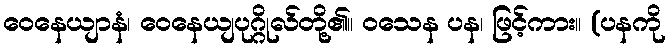
ဝေနေယျာနံ၊ ဝေနေယျပုဂ္ဂိုလ်တို့၏။ ဝသေန ပန၊ ဖြင့်ကား။ (ပနကို